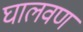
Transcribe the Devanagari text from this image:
घालवण